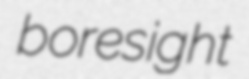
boresight